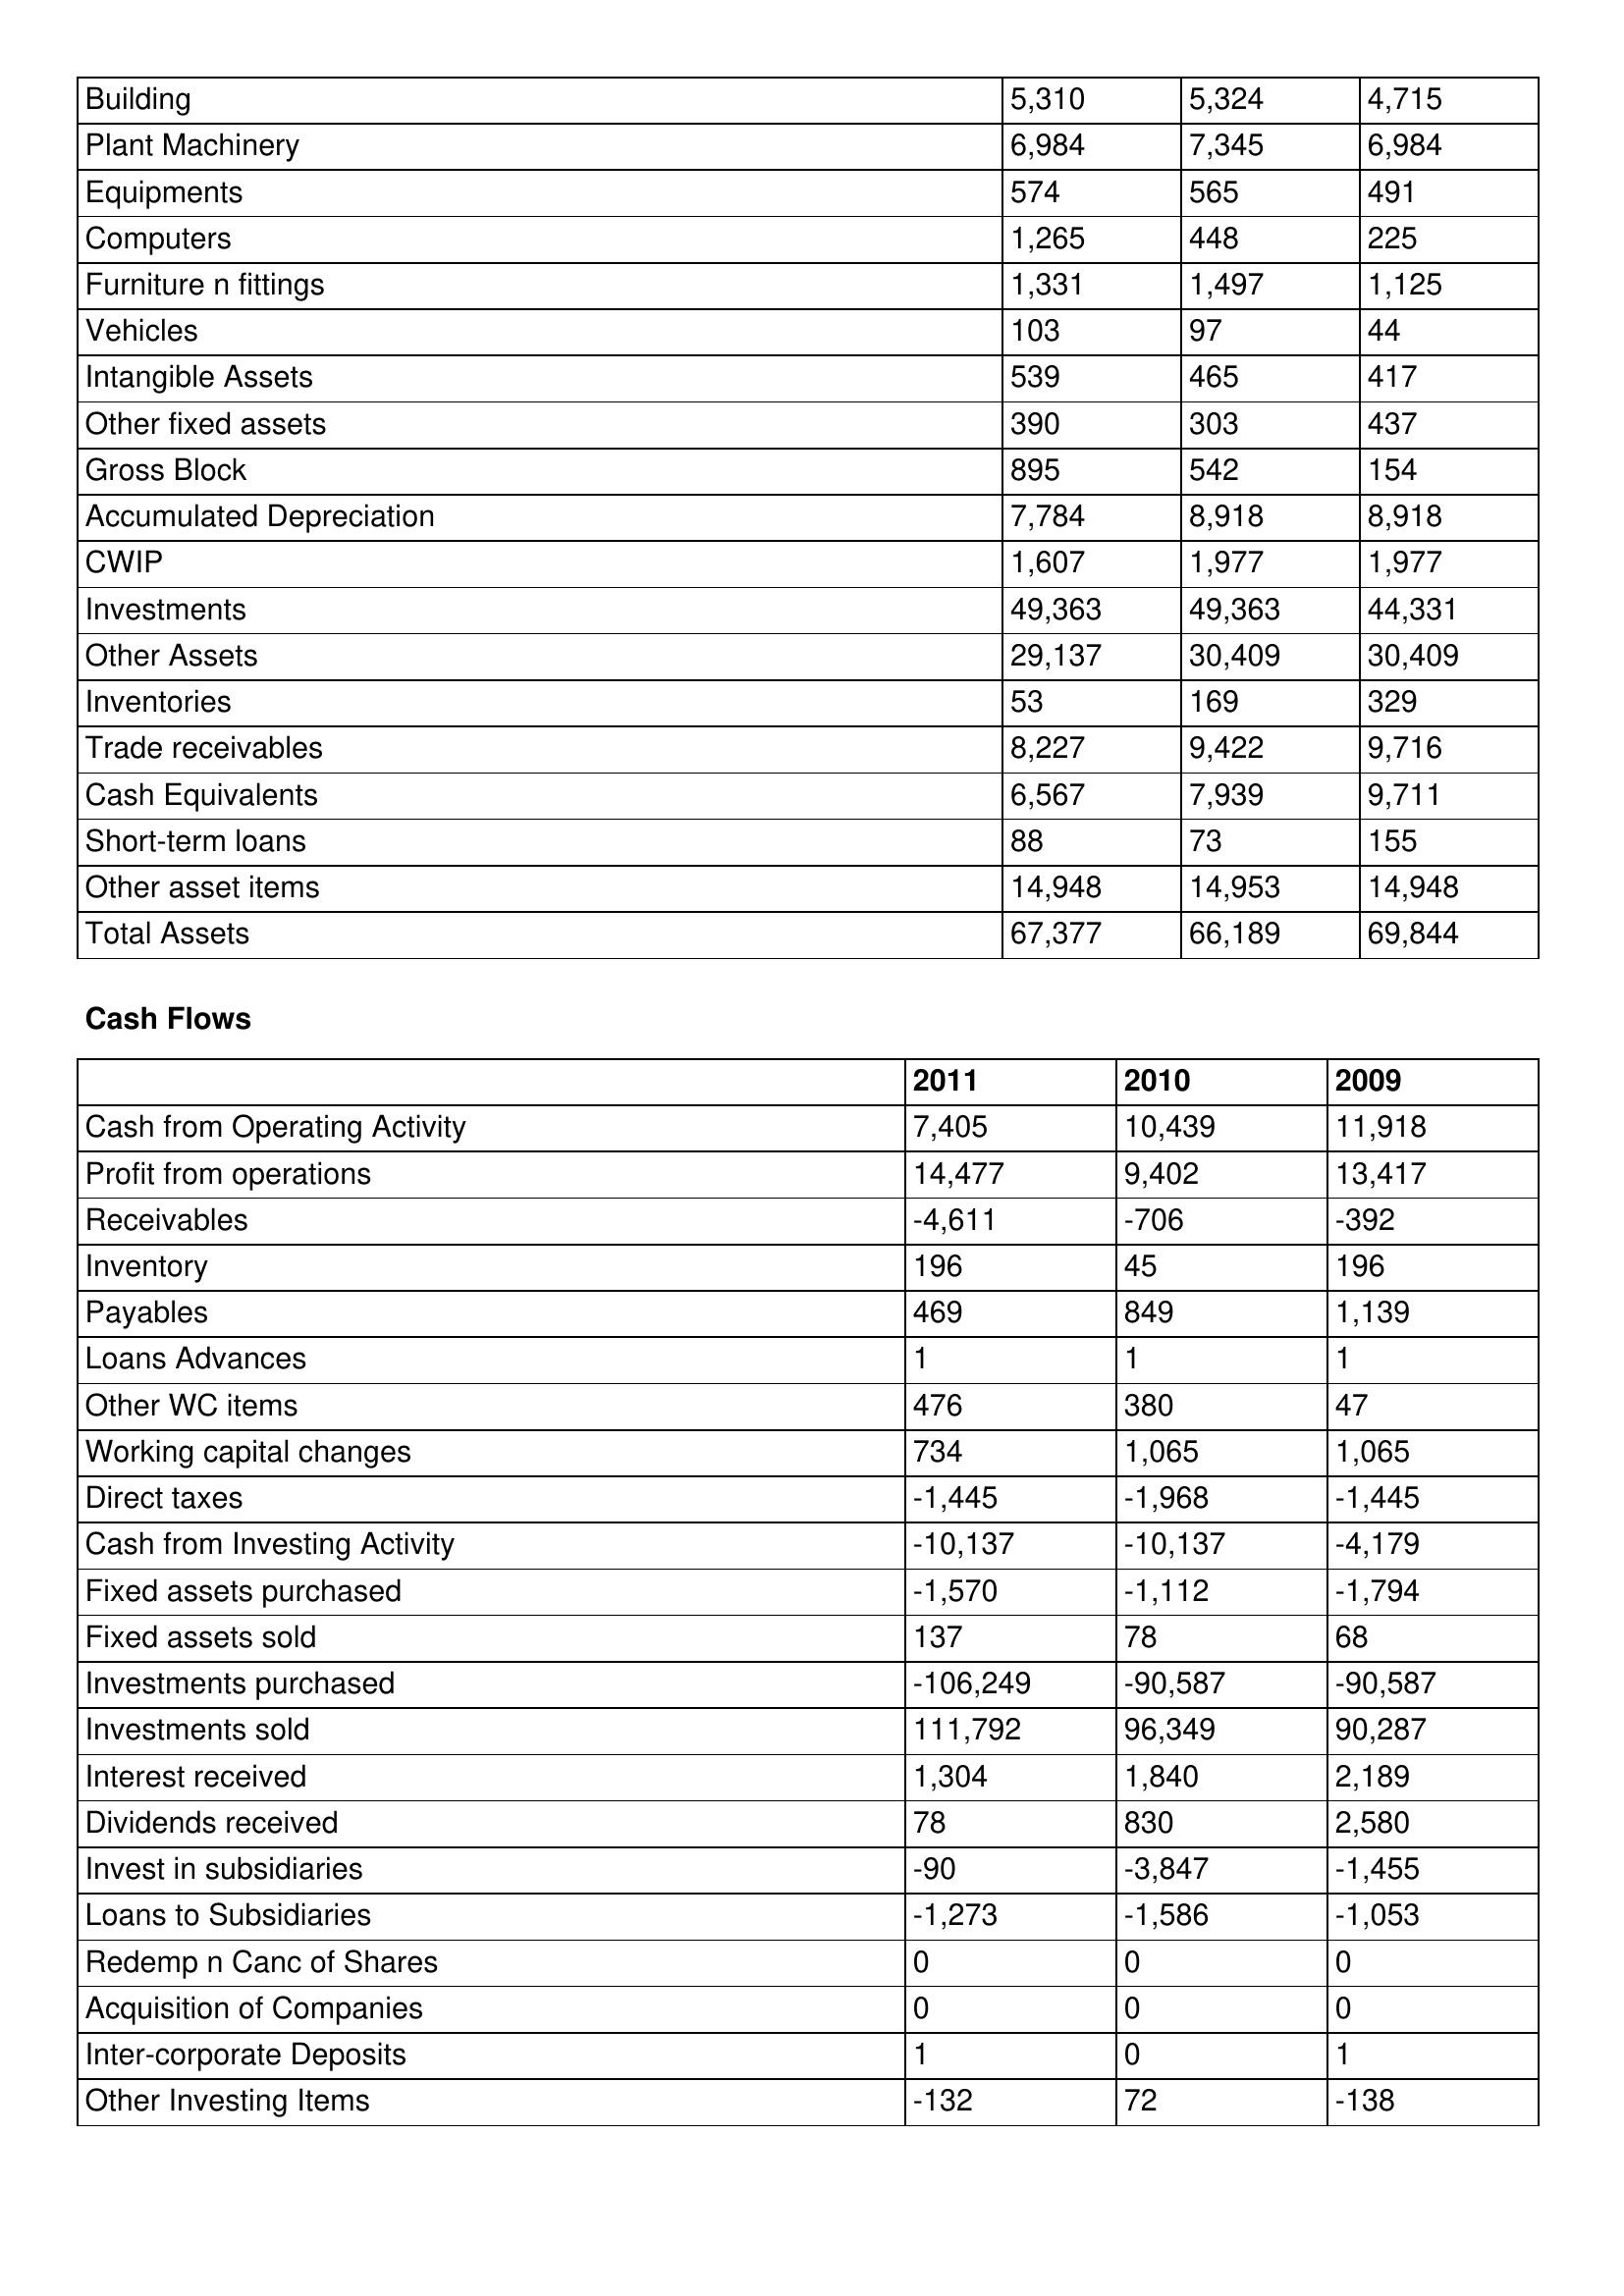
gt_parse: 2011: Balance Sheet: Building: 5,310
Plant Machinery: 6,984
Equipments: 574
Computers: 1,265
Furniture n fittings: 1,331
Vehicles: 103
Intangible Assets: 539
Other fixed assets: 390
Gross Block: 895
Accumulated Depreciation: 7,784
CWIP: 1,607
Investments: 49,363
Other Assets: 29,137
Inventories: 53
Trade receivables: 8,227
Cash Equivalents: 6,567
Short-term loans: 88
Other asset items: 14,948
Total Assets: 67,377
Cash Flows: Cash from Operating Activity: 7,405
Profit from operations: 14,477
Receivables: -4,611
Inventory: 196
Payables: 469
Loans Advances: 1
Other WC items: 476
Working capital changes: 734
Direct taxes: -1,445
Cash from Investing Activity: -10,137
Fixed assets purchased: -1,570
Fixed assets sold: 137
Investments purchased: -106,249
Investments sold: 111,792
Interest received: 1,304
Dividends received: 78
Invest in subsidiaries: -90
Loans to Subsidiaries: -1,273
Redemp n Canc of Shares: 0
Acquisition of Companies: 0
Inter-corporate Deposits: 1
Other Investing Items: -132
2010: Balance Sheet: Building: 5,324
Plant Machinery: 7,345
Equipments: 565
Computers: 448
Furniture n fittings: 1,497
Vehicles: 97
Intangible Assets: 465
Other fixed assets: 303
Gross Block: 542
Accumulated Depreciation: 8,918
CWIP: 1,977
Investments: 49,363
Other Assets: 30,409
Inventories: 169
Trade receivables: 9,422
Cash Equivalents: 7,939
Short-term loans: 73
Other asset items: 14,953
Total Assets: 66,189
Cash Flows: Cash from Operating Activity: 10,439
Profit from operations: 9,402
Receivables: -706
Inventory: 45
Payables: 849
Loans Advances: 1
Other WC items: 380
Working capital changes: 1,065
Direct taxes: -1,968
Cash from Investing Activity: -10,137
Fixed assets purchased: -1,112
Fixed assets sold: 78
Investments purchased: -90,587
Investments sold: 96,349
Interest received: 1,840
Dividends received: 830
Invest in subsidiaries: -3,847
Loans to Subsidiaries: -1,586
Redemp n Canc of Shares: 0
Acquisition of Companies: 0
Inter-corporate Deposits: 0
Other Investing Items: 72
2009: Balance Sheet: Building: 4,715
Plant Machinery: 6,984
Equipments: 491
Computers: 225
Furniture n fittings: 1,125
Vehicles: 44
Intangible Assets: 417
Other fixed assets: 437
Gross Block: 154
Accumulated Depreciation: 8,918
CWIP: 1,977
Investments: 44,331
Other Assets: 30,409
Inventories: 329
Trade receivables: 9,716
Cash Equivalents: 9,711
Short-term loans: 155
Other asset items: 14,948
Total Assets: 69,844
Cash Flows: Cash from Operating Activity: 11,918
Profit from operations: 13,417
Receivables: -392
Inventory: 196
Payables: 1,139
Loans Advances: 1
Other WC items: 47
Working capital changes: 1,065
Direct taxes: -1,445
Cash from Investing Activity: -4,179
Fixed assets purchased: -1,794
Fixed assets sold: 68
Investments purchased: -90,587
Investments sold: 90,287
Interest received: 2,189
Dividends received: 2,580
Invest in subsidiaries: -1,455
Loans to Subsidiaries: -1,053
Redemp n Canc of Shares: 0
Acquisition of Companies: 0
Inter-corporate Deposits: 1
Other Investing Items: -138